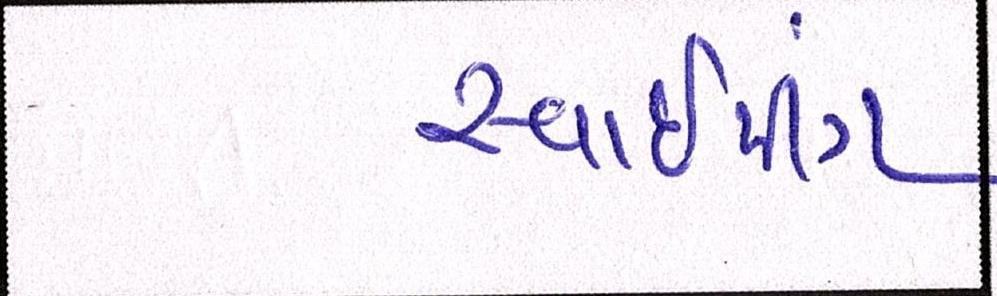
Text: સ્વાઈપીંગ